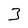
Character: 3